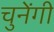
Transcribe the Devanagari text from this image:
चुनेंगी